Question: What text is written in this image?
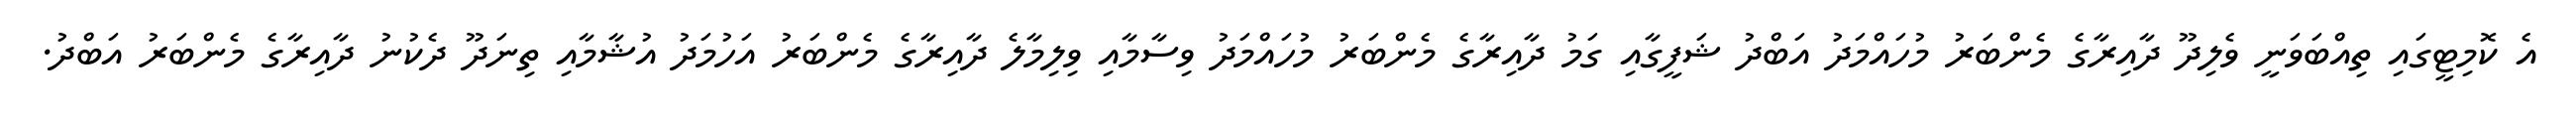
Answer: އެ ކޮމިޓީގައި ތިއްބަވަނީ ވެލިދޫ ދާއިރާގެ މެންބަރު މުހައްމަދު އަބްދު ޝަފީގާއި ގަމު ދާއިރާގެ މެންބަރު މުހައްމަދު ވިސާމާއި ވިލިމާލެ ދާއިރާގެ މެންބަރު އަހުމަދު އުޝާމާއި ތިނަދޫ ދެކުނު ދާއިރާގެ މެންބަރު އަބްދު.